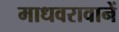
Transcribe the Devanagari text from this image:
माधवरावानें